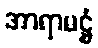
အာရာမဋ္ဌံ